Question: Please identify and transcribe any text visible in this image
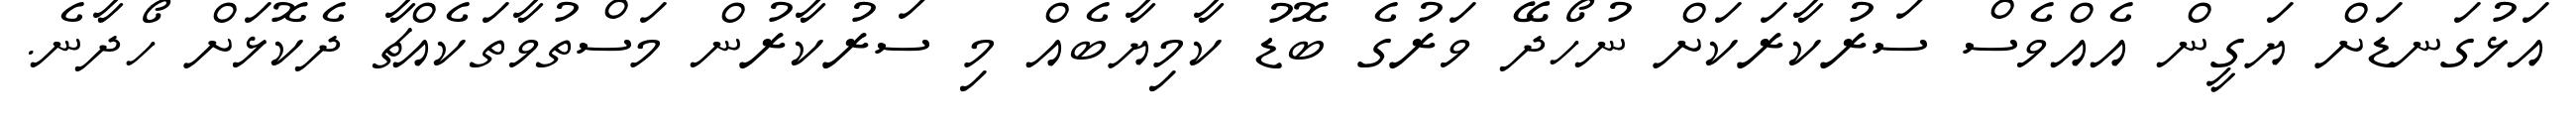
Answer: އަޅުގަނޑަށް ޔަގީން އެއްވެސް ސަރުކާރަކަށް ނުހޯދޭ ވަރުގެ ބޮޑު ކާމިޔާބެއް މި ސަރުކާރުން މަސްތުވާތަކެއްޗާ ދެކޮޅަށް ހޯދާނެ.